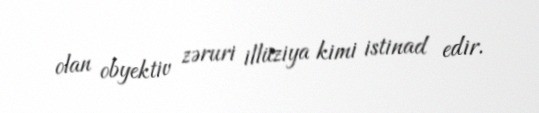
olan obyektiv zəruri illüziya kimi istinad edir.